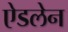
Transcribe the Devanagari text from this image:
ऐडलेन